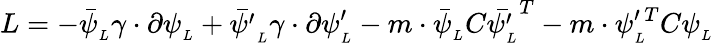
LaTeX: L=-\bar{\psi}_{_{L}}\gamma\cdot\partial\psi_{_{L}}+\bar{\psi^{\prime}}_{_{L}}\gamma\cdot\partial\psi_{_{L}}^{\prime}-m\cdot\bar{\psi}_{_{L}}C\bar{\psi_{_{L}}^{\prime}}^{T}-m\cdot\psi_{_{L}}^{\prime\, T}C\psi_{_{L}}